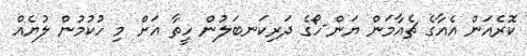
ކޮރެއަން އެއާގެ ޗެއާމަން ޔަން-ހޯގެ ދަރިކަނބަލުން ހީތާ އަށް މި ހުކުމުން ލުޔެއް